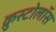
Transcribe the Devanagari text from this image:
क्रुस्टोलॉस